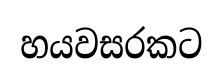
හයවසරකට